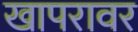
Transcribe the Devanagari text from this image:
खापरावर